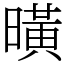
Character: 曂